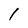
Character: 1